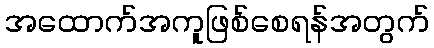
အထောက်အကူဖြစ်စေရန်အတွက်